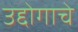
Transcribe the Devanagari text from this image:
उद्दोगाचे